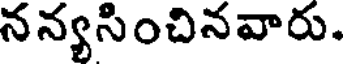
నన్యసించినవారు.